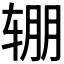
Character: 𰺏